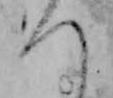
つ